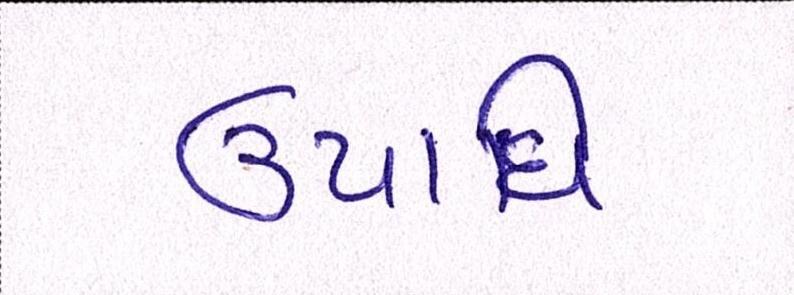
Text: ઉપાધિ